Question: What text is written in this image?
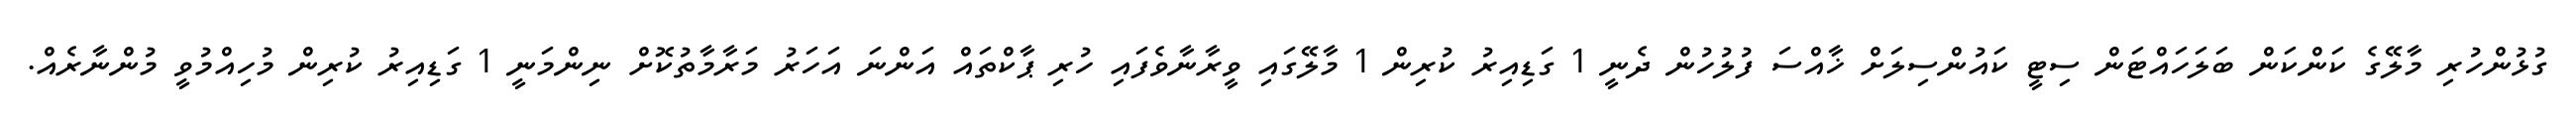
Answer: ގުޅުންހުރި މާލޭގެ ކަންކަން ބަލަހައްޓަން ސިޓީ ކައުންސިލަށް ޚާއްސަ ފުލުހުން ދެނީ 1 ގަޑިއިރު ކުރިން 1 މާލޭގައި ވީރާނާވެފައި ހުރި ޕާކްތައް އަންނަ އަހަރު މަރާމާތުކޮށް ނިންމަނީ 1 ގަޑިއިރު ކުރިން މުހިއްމުވީ މުންނާރެއް.